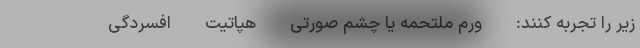
زیر را تجربه کنند: - ورم ملتحمه یا چشم صورتی - هپاتیت - افسردگی -